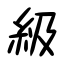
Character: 級